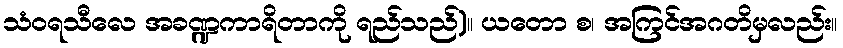
သံဝရသီလေ အခဏ္ဍကာရိတာကို ရည်သည်)။ ယတော စ၊ အကြင်အဂတိမှလည်း။